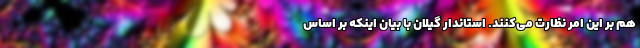
هم بر این امر نظارت می‌کنند. استاندار گیلان با بیان اینکه بر اساس